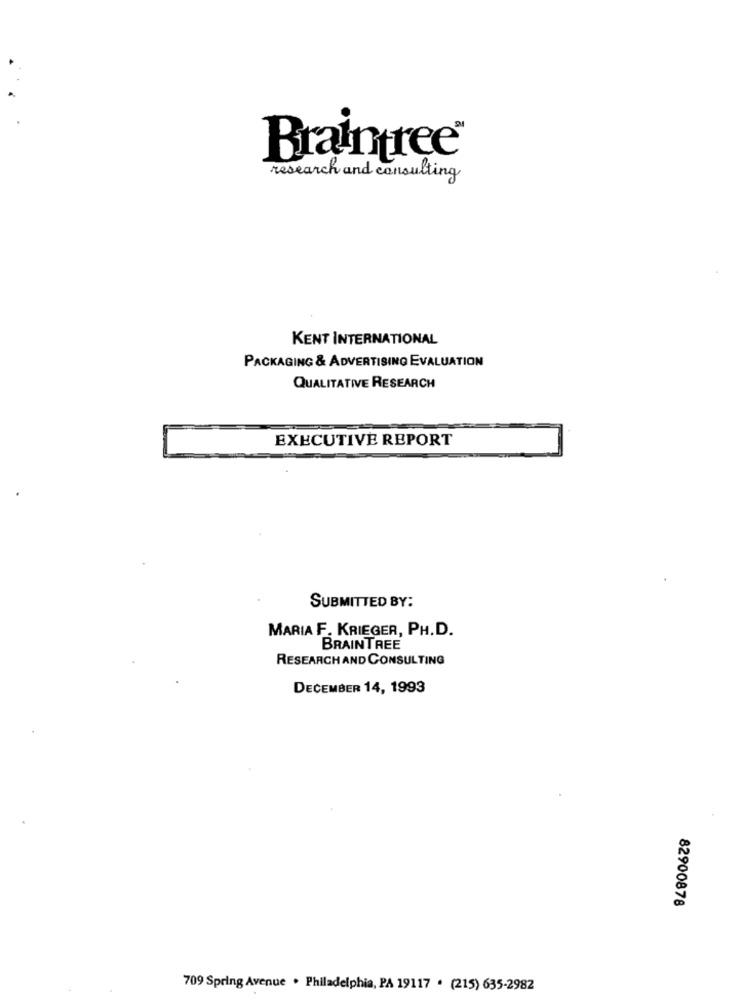
Braintree
research and consulting
KENT INTERNATIONAL
PACKAGING & ADVERTISING EVALUATION
QUALITATIVE RESEARCH
EXECUTIVE REPORT
SUBMITTED BY:
MARIA F. KRIEGER, PH.D.
BRAINTREE
RESEARCH AND CONSULTING
DECEMBER 14, 1993
82900878
709 Spring Avenue . Philadelphia, PA 19117 . (215) 635-2982